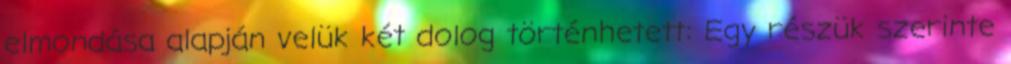
elmondása alapján velük két dolog történhetett: Egy részük szerinte